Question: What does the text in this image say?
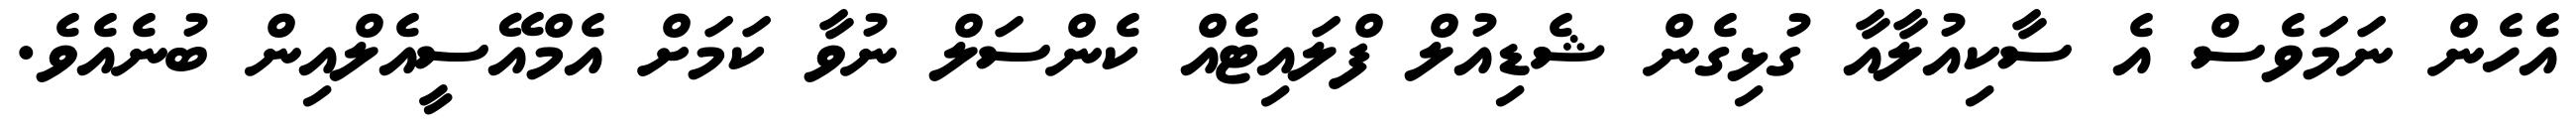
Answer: އެހެން ނަމަވެސް އެ ސާކިއުލާއާ ގުޅިގެން ޝެޑިއުލް ފްލައިޓެއް ކެންސަލް ނުވާ ކަމަށް އެމްއޭސީއެލްއިން ބުނެއެވެ.